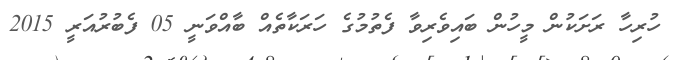
ހުރިހާ ރަށަކުން މީހުން ބައިވެރިވާ ފެތުމުގެ ހަރަކާތެއް ބާއްވަނީ 05 ފެބުރުއަރީ 2015